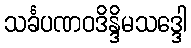
သင်္ခပဏဝဒိန္ဒိမသဒ္ဒေါ